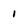
Character: 1